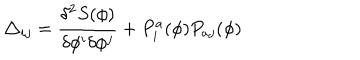
\triangle _ { i j } = \frac { \delta ^ { 2 } S ( \phi ) } { \delta \phi ^ { i } \delta \phi ^ { j } } + P _ { i } ^ { a } ( \phi ) P _ { a j } ( \phi )